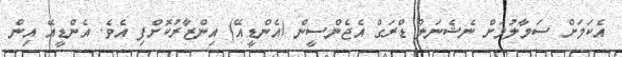
އެކަމަށް ސަމާލުމަށް ނެޝެނަލް ޑްރަގް އެޖެންސީން (އެންޑީއޭ) އިންޒާރުކޮށްފި އެވެ. އެންޑީއޭ އިން